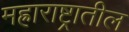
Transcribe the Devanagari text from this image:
मह्राराष्ट्रातील